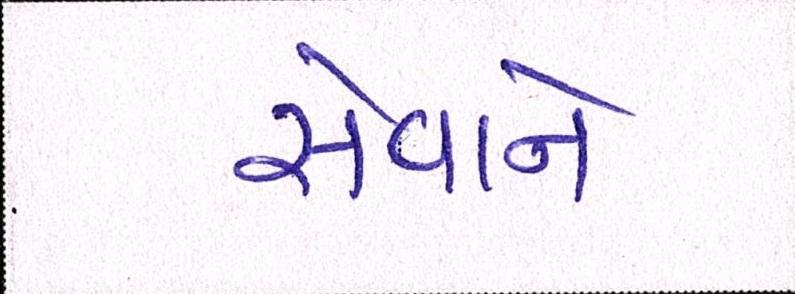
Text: સેવાને